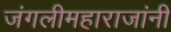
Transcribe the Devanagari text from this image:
जंगलीमहाराजांनी